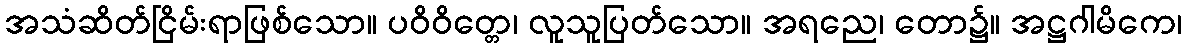
အသံဆိတ်ငြိမ်းရာဖြစ်သော။ ပဝိဝိတ္တေ၊ လူသူပြတ်သော။ အရညေ၊ တော၌။ အဋ္ဌဂါမိကေ၊